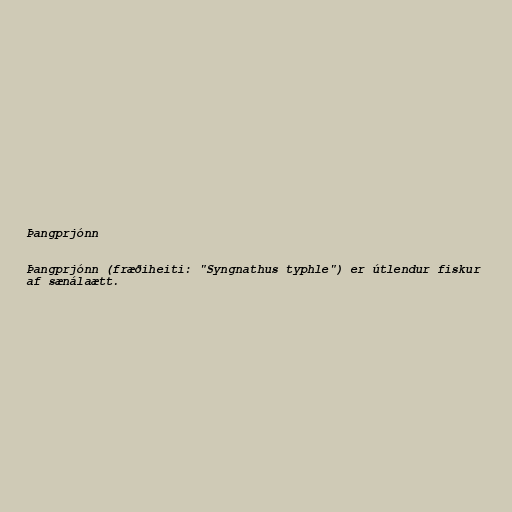
Þangprjónn

Þangprjónn (fræðiheiti: "Syngnathus typhle") er útlendur fiskur
af sænálaætt.